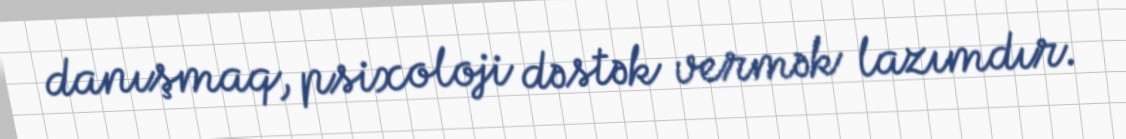
danışmaq, psixoloji dəstək vermək lazımdır.